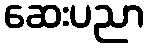
ဆေးပညာ